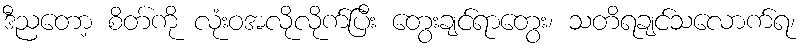
ဒီညတော့ စိတ်ကို လုံးဝအလိုလိုက်ပြီး တွေးချင်ရာတွေး၊ သတိရချင်သလောက်ရ၊